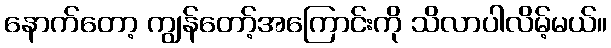
နောက်တော့ ကျွန်တော့်အကြောင်းကို သိလာပါလိမ့်မယ်။